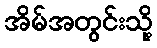
အိမ်အတွင်းသို့